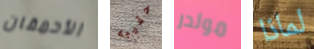
الأحمقان حقيبه مولدر لماذا